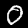
Label: 0